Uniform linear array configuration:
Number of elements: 16
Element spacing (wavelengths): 1
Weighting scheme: kaiser
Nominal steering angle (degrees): -15
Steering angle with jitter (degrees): -13.561
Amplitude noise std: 0.05
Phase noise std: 0.05

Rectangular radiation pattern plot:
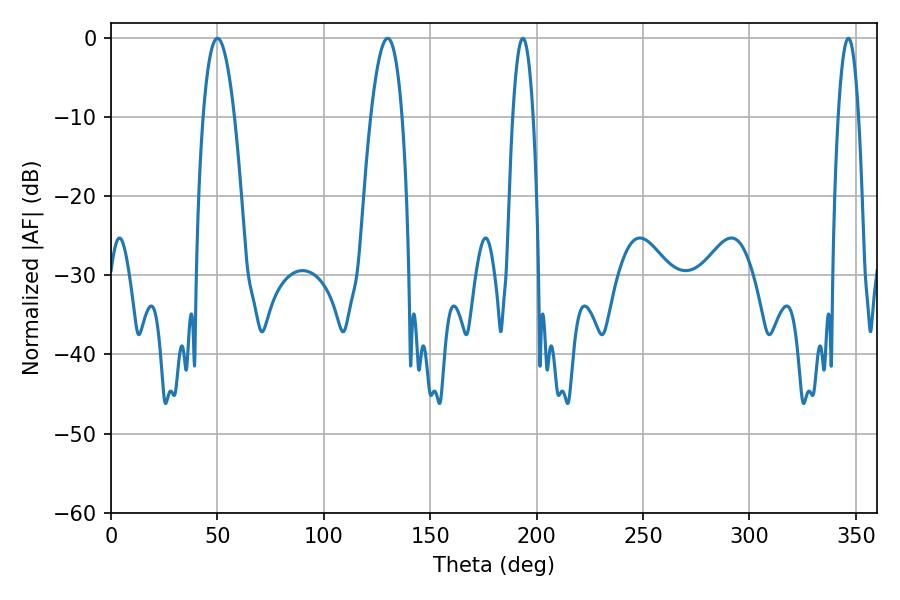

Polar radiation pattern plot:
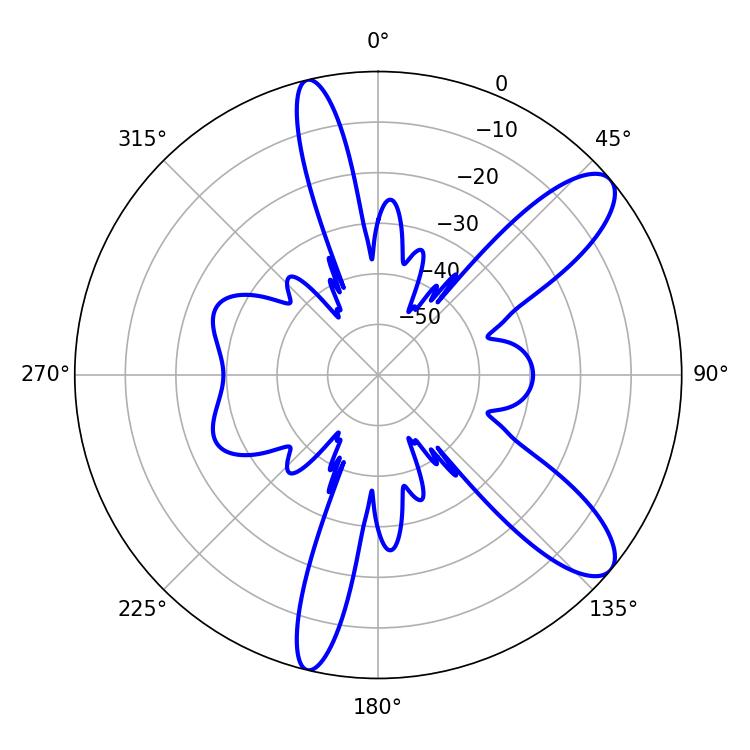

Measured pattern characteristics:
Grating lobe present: TRUE
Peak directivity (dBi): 10.311
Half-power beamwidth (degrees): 8.1
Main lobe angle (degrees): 50.04